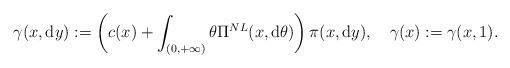
LaTeX: \begin{align*}\gamma(x,{\rm d}y):=\left(c(x)+\int_{(0,+\infty)}\theta\Pi^{NL}(x,{\rm d}\theta)\right)\pi(x,{\rm d}y),\quad\gamma(x):=\gamma(x,1).\end{align*}